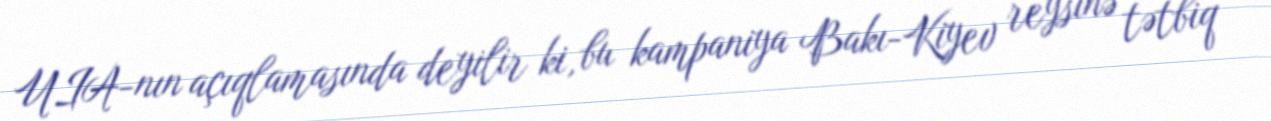
UIA-nın açıqlamasında deyilir ki, bu kampaniya Bakı-Kiyev reysinə tətbiq